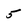
Character: 5